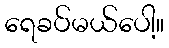
ရေခပ်မယ်ပေါ့။